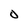
Character: O